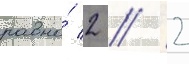
равно́ 2 // 2